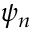
\psi _ { n }